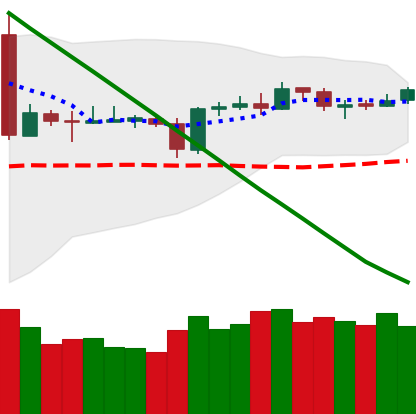
Ticker: BTC-USD
Chart end date: 2019-03-15
Forward return: 3.195%
Label: up_3_5